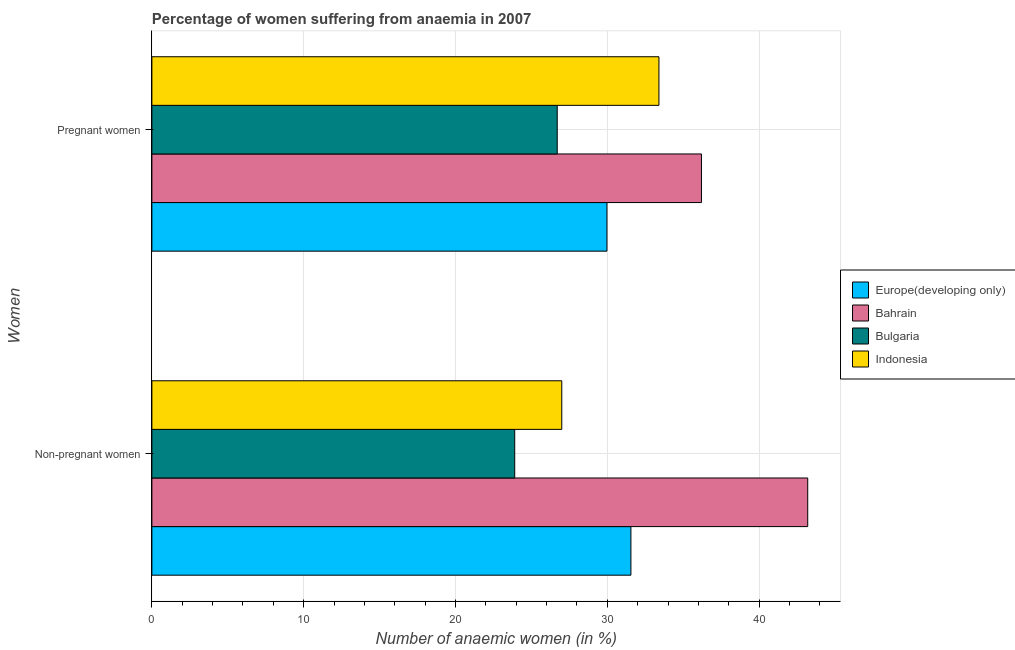
| Women | Europe(developing only) | Bahrain | Bulgaria | Indonesia |
 | --- | --- | --- | --- | --- |
 | Non-pregnant women | 31.6 | 43.2 | 23.9 | 27 |
 | Pregnant women | 30 | 36.2 | 26.7 | 33.4 |